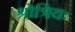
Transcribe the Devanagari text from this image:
श्रोत्रियः